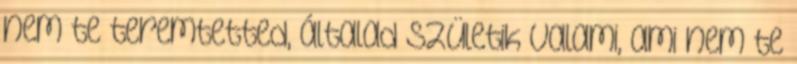
nem te teremtetted, általad születik valami, ami nem te